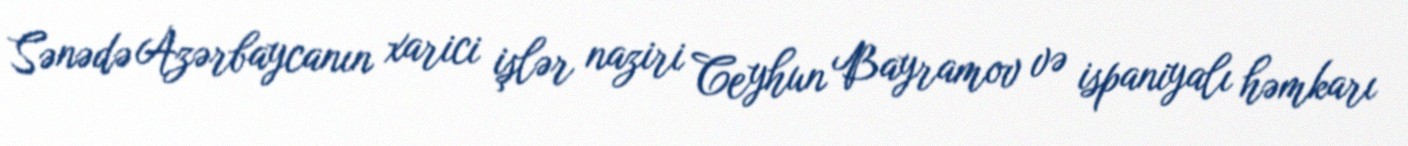
Sənədə Azərbaycanın xarici işlər naziri Ceyhun Bayramov və ispaniyalı həmkarı